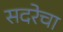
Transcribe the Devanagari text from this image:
सदरेचा